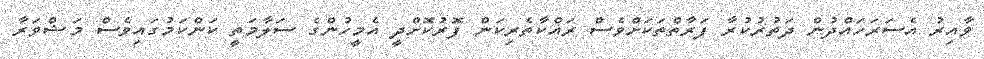
ވާއިރު އެސަރަހައްދުން ދަތުރުކުރާ ފަރާތްތަކަށްވެސް ރައްކާތެރިކަން ފޮރުކޮށްދީ އެމީހުންގެ ސަލާމަތީ ކަންކަމުގައިވެސް މަޝްވަރާ